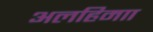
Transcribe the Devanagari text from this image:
अलहिमाा